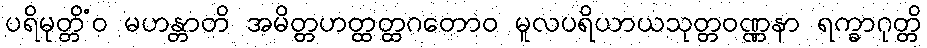
ပရိမုတ္တိံဝ မဟန္တာတိ အမိတ္တဟတ္ထတ္ထဂတောဝ မူလပရိယာယသုတ္တဝဏ္ဏနာ ရက္ခာဂုတ္တိ